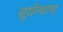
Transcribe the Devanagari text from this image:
मूर्धन्वान्